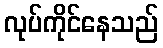
လုပ်ကိုင်နေသည်